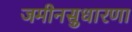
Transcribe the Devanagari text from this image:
जमीनसुधारणा